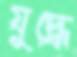
যুদ্ধে